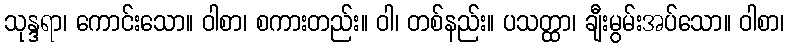
သုန္ဒရာ၊ ကောင်းသော။ ဝါစာ၊ စကားတည်း။ ဝါ၊ တစ်နည်း။ ပသတ္ထာ၊ ချီးမွမ်းအပ်သော။ ဝါစာ၊